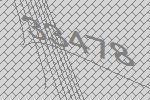
33478